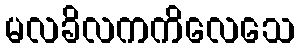
မလခိလကကိလေသေ